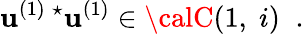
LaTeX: \mathbf{u}^{(1)\; \star}\mathbf{u}^{(1)}\in{\calC}(1,\; i)\; \; .